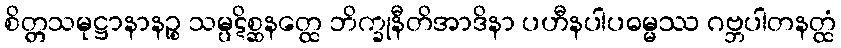
စိတ္တသမုဋ္ဌာနာနဉ္စ သမ္ပဋိစ္ဆနတ္ထေ ဘိက္ခုနီတိအာဒိနာ ပဟီနပါပဓမ္မဿ ဂဗ္ဘပါတနတ္ထံ